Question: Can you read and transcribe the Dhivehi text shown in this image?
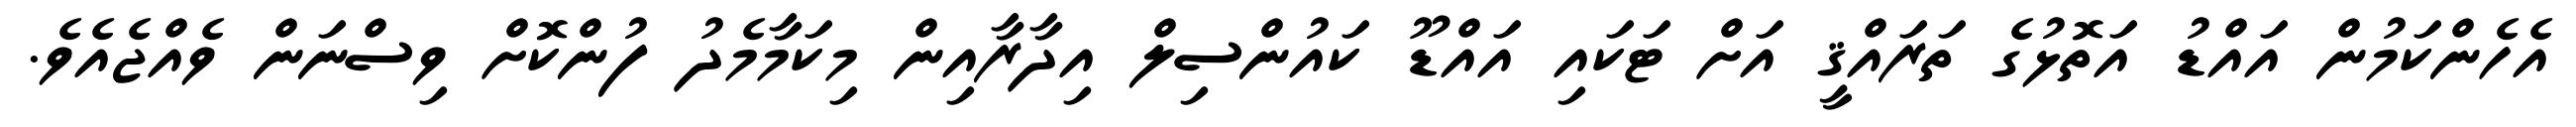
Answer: އެހެންކަމުން އައްޑު އަތޮޅުގެ ތަރައްޤީ އަށް ޓަކައި އައްޑޫ ކައުންސިލް އިދާރާއިން މިކަމާމެދު ފުންކޮށް ވިސްނަން ވެއްޖެއެވެ.